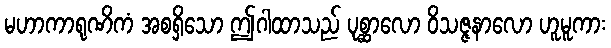
မဟာကာရုဏိကံ အစရှိသော ဤဂါထာသည် ပုစ္ဆာလော ဝိသဇ္ဇနာလော ဟူမူကား